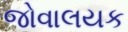
જોવાલયક